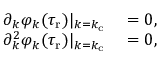
\begin{array} { r l } { \partial _ { k } \varphi _ { k } ( \tau _ { \mathrm { r } } ) | _ { k = k _ { \mathrm { c } } } } & { { } = 0 , } \\ { \partial _ { k } ^ { 2 } \varphi _ { k } ( \tau _ { \mathrm { r } } ) | _ { k = k _ { \mathrm { c } } } } & { { } = 0 , } \end{array}